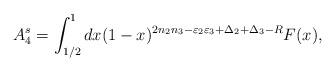
LaTeX: \begin{align*}A^{s}_4=\int _{1/2}^{1}dx(1-x)^{2n_2 n_3-\varepsilon _2\varepsilon _3+\Delta _2 +\Delta_3-R}F(x),\end{align*}